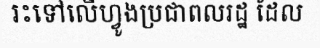
រះទៅលើហ្វូងប្រជាពលរដ្ឋ ដែល